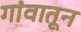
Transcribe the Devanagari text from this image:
गांवातून